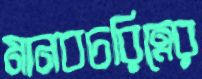
মানবচরিত্রের